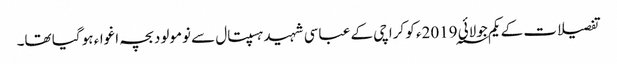
تفصیلات کے یکم جولائی 2019؁ء کو کراچی کے عباسی شہید ہسپتال سے نومولود بچہ اغواء ہو گیا تھا۔